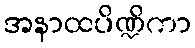
အနာထပိဏ္ဍိကာ